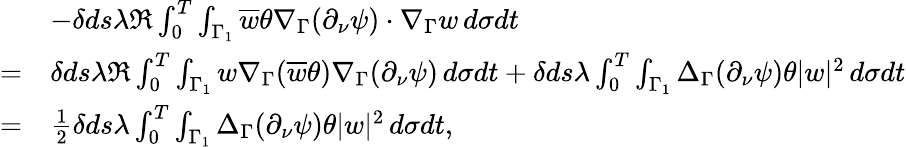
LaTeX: \begin{array}{rl}&{-\delta ds\lambda\Re\int_{0}^{T}\int_{\Gamma_{1}}\overline{{w}}\theta\nabla_{\Gamma}(\partial_{\nu}\psi)\cdot\nabla_{\Gamma}w\, d\sigma dt}\\ {=}&{\delta ds\lambda\Re\int_{0}^{T}\int_{\Gamma_{1}}w\nabla_{\Gamma}(\overline{{w}}\theta)\nabla_{\Gamma}(\partial_{\nu}\psi)\, d\sigma dt+\delta ds\lambda\int_{0}^{T}\int_{\Gamma_{1}}\Delta_{\Gamma}(\partial_{\nu}\psi)\theta|w|^{2}\, d\sigma dt}\\ {=}&{\frac{1}{2}\delta ds\lambda\int_{0}^{T}\int_{\Gamma_{1}}\Delta_{\Gamma}(\partial_{\nu}\psi)\theta|w|^{2}\, d\sigma dt,}\end{array}